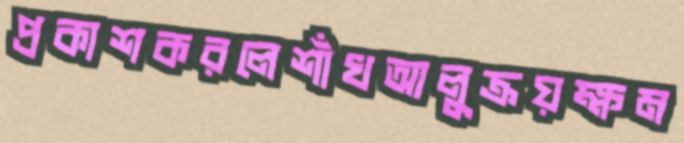
প্রকাশকরলেশাঁখআলুক্রয়ক্ষম